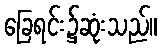
ခြေရင်း၌ဆုံးသည်။